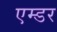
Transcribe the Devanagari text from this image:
एम्डर